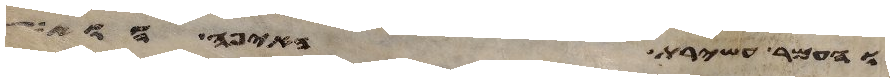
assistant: והעמר עשירת האיפה הוא